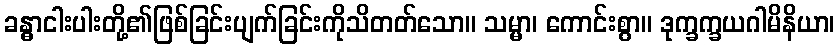
ခန္ဓာငါးပါးတို့၏ဖြစ်ခြင်းပျက်ခြင်းကိုသိတတ်သော။ သမ္မာ၊ ကောင်းစွာ။ ဒုက္ခက္ခယဂါမိနိယာ၊